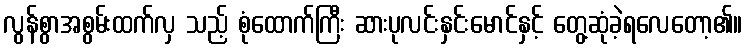
လွန်စွာအစွမ်းထက်လှ သည့် စုံထောက်ကြီး ဆားပုလင်းနှင်းမောင်နှင့် တွေ့ဆုံခဲ့ရလေတော့၏။